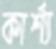
কার্শ্য